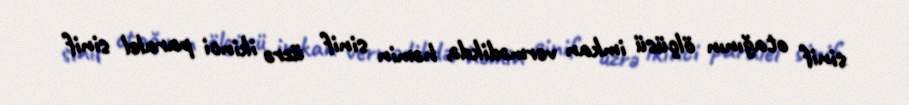
sinif otağının ölçüsü imkan vermədikdə, həmin sinif üzrə ikinci paralel sinif